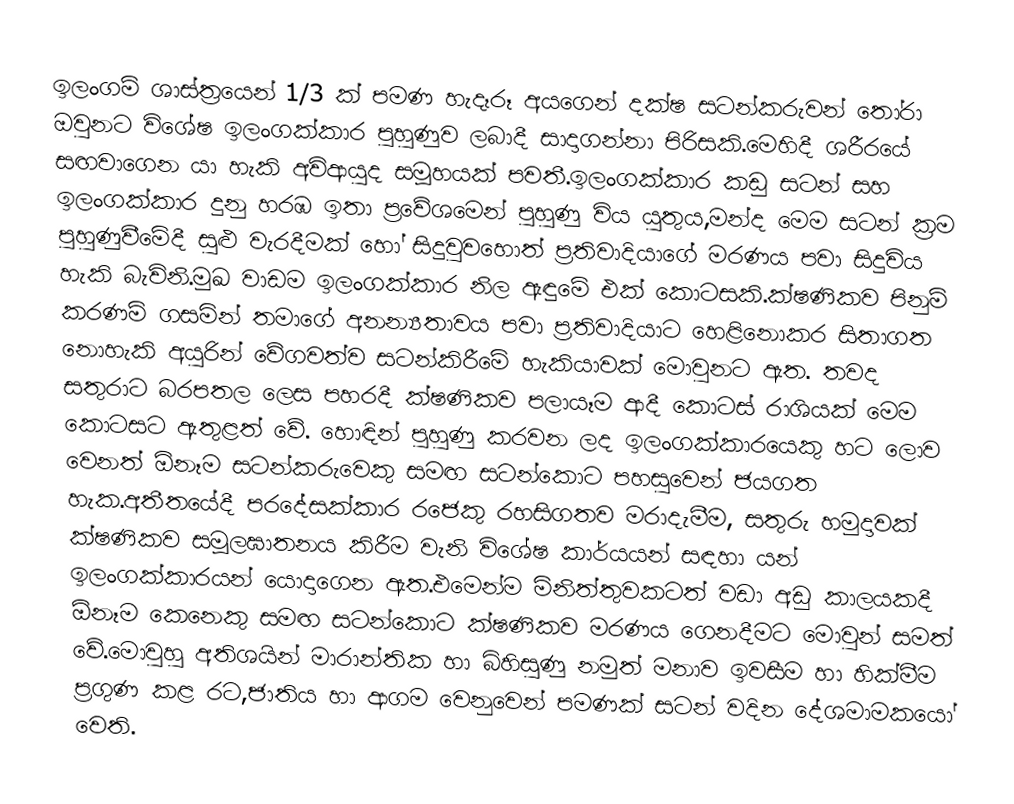
ඉලංගම් ශාස්ත්‍රයෙන් 1/3 ක් පමණ හැදෑරූ අයගෙන් දක්ෂ සටන්කරුවන් තෝරා ඔවුනට විශේෂ ඉලංගක්කාර පුහුණුව ලබාදී සාදාගන්නා පිරිසකි.මෙහිදී ශරීරයේ සඟවාගෙන යා හැකි අවිආයුද සමූහයක් පවතී.ඉලංගක්කාර කඩු සටන් සහ ඉලංගක්කාර දුනු හරඹ ඉතා ප්‍රවේශමෙන් පුහුණු විය යුතුය,මන්ද මෙම සටන් ක්‍රම පුහුණුවීමේදී සුළු වැරදීමක් හෝ සිදුවුවහොත් ප්‍රතිවාදියාගේ මරණය පවා සිදුවිය හැකි බැවිනි.මුඛ වාඩම  ඉලංගක්කාර නිල ඇඳුමේ එක් කොටසකි.ක්ෂණිකව පිනුම් කරණම් ගසමින් තමාගේ අනන්‍යතාවය පවා ප්‍රතිවාදියාට හෙළිනොකර සිතාගත නොහැකි අයුරින් වේගවත්ව සටන්කිරීමේ හැකියාවක් මොවුනට ඇත. තවද සතුරාට බරපතල ලෙස පහරදී ක්ෂණිකව පලායෑම ආදී කොටස් රාශියක් මෙම කොටසට ඇතුළත් වේ. හොඳින් පුහුණු කරවන ලද ඉලංගක්කාරයෙකු හට ලොව වෙනත් ඕනෑම සටන්කරුවෙකු සමඟ සටන්කොට පහසුවෙන් ජයගත හැක.අතීතයේදී පරදේසක්කාර රජෙකු රහසිගතව මරාදැමීම, සතුරු හමුදාවක් ක්ෂණිකව සමූලඝාතනය කිරීම වැනි විශේෂ කාර්යයන් සඳහා යන් ඉලංගක්කාරයන් යොදාගෙන ඇත.එමෙන්ම මිනිත්තුවකටත් වඩා අඩු කාලයකදී ඕනෑම කෙනෙකු සමඟ සටන්කොට ක්ෂණිකව මරණය ගෙනදීමට මොවුන් සමත් වේ.මොවුහු අතිශයින් මාරාන්තික හා බිහිසුණු නමුත් මනාව ඉවසීම හා හික්මීම ප්‍රගුණ කළ රට,ජාතිය හා ආගම වෙනුවෙන් පමණක් සටන් වදින දේශමාමකයෝ වෙති.